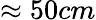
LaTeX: \approx 50cm